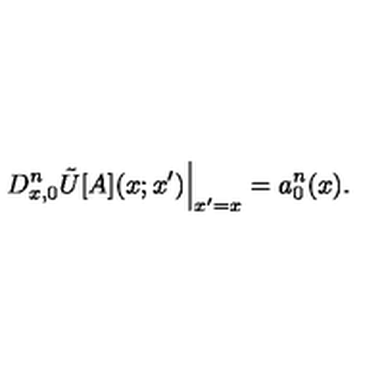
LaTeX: \left. D _ { x , 0 } ^ { n } \tilde { U } [ A ] ( x ; x ^ { \prime } ) \right\vert _ { x ^ { \prime } = x } = a _ { 0 } ^ { n } ( x ) .